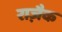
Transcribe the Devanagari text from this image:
राज़ैक